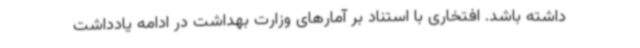
داشته باشد. افتخاری با استناد بر آمارهای وزارت بهداشت در ادامه یادداشت